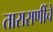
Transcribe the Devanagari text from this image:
ताराराणींचे